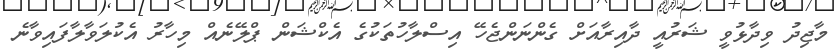
މާޖިދު ވިދާޅުވީ ޝަރުއީ ދާއިރާއަށް ގެންނަންޖެހޭ އިސްލާހުތަކުގެ އެކްޝަން ޕްލޭނެއް މިހާރު އެކުލަވާލާފައިވާނެ